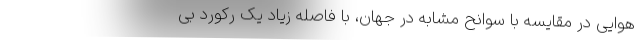
هوایی در مقایسه با سوانح مشابه در جهان، با فاصله زیاد یک رکورد بی